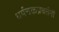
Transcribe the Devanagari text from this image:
धर्मचक्रप्रवर्तनों